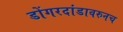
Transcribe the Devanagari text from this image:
डोंगरदांडावरुनच